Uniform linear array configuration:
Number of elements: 24
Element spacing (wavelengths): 0.25
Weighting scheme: blackman
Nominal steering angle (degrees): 45
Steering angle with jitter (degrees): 44.022
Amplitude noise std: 0.05
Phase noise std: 0.05

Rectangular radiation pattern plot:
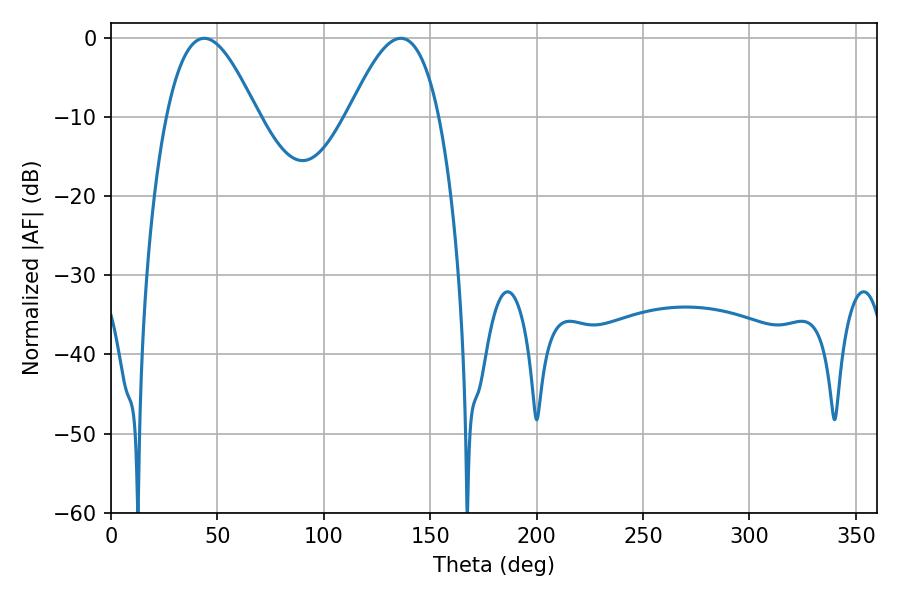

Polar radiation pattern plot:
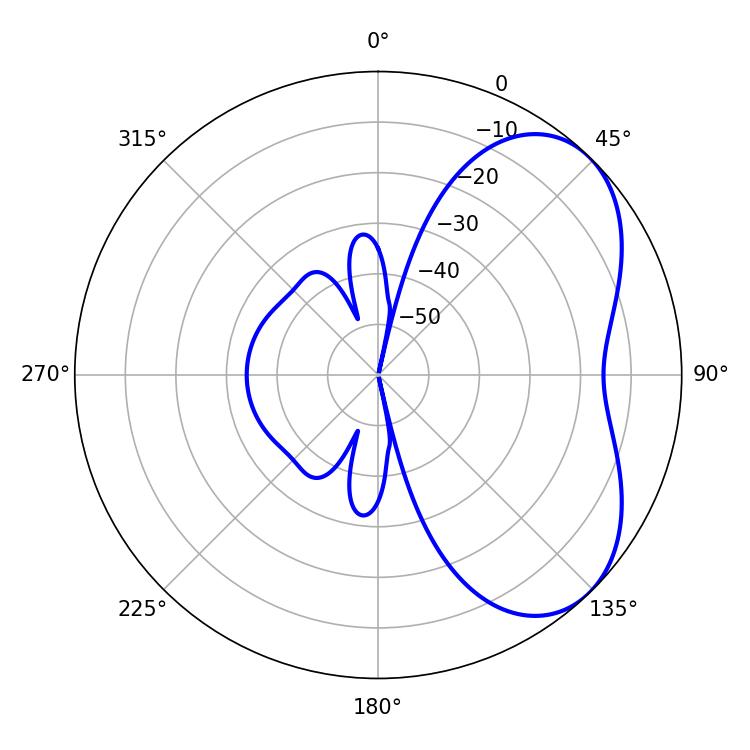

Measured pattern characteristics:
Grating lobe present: FALSE
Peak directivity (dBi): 4.937
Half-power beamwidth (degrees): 23.04
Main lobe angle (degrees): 43.74